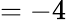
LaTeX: =-4